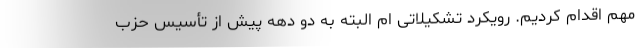
مهم اقدام کردیم. رویکرد تشکیلاتی ام البته به دو دهه پیش از تأسیس حزب